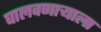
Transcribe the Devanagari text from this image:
घालवणाऱ्याला